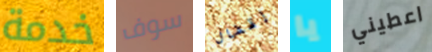
خدمة سوف إقفال يا اعطيني